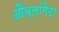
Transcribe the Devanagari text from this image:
औब्लांगेटा